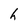
Character: h